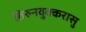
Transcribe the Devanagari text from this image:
तिरुनवुक्करासु